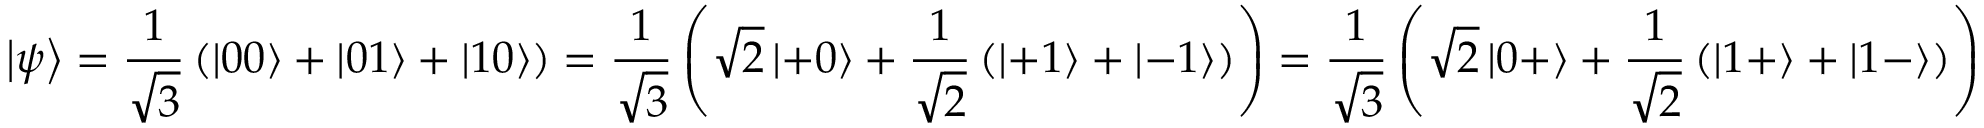
\left| \psi \right\rangle = { \frac { 1 } { \sqrt { 3 } } } \left( \left| 0 0 \right\rangle + \left| 0 1 \right\rangle + \left| 1 0 \right\rangle \right) = { \frac { 1 } { \sqrt { 3 } } } \left( { \sqrt { 2 } } \left| + 0 \right\rangle + { \frac { 1 } { \sqrt { 2 } } } \left( \left| + 1 \right\rangle + \left| - 1 \right\rangle \right) \right) = { \frac { 1 } { \sqrt { 3 } } } \left( { \sqrt { 2 } } \left| 0 + \right\rangle + { \frac { 1 } { \sqrt { 2 } } } \left( \left| 1 + \right\rangle + \left| 1 - \right\rangle \right) \right)